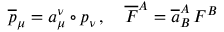
\overline { { { p } } } _ { \mu } = a _ { \mu } ^ { \nu } \circ p _ { \nu } \, , \quad \overline { { { F } } } ^ { A } = \overline { { { a } } } _ { B } ^ { A } \, F ^ { B }